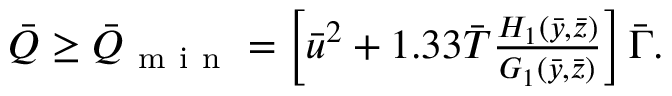
\begin{array} { r } { \bar { Q } \geq \bar { Q } _ { \mathrm { ~ m ~ i ~ n ~ } } = \left[ \bar { u } ^ { 2 } + 1 . 3 3 \bar { T } \frac { H _ { 1 } ( \bar { y } , \bar { z } ) } { G _ { 1 } ( \bar { y } , \bar { z } ) } \right] \bar { \Gamma } . } \end{array}